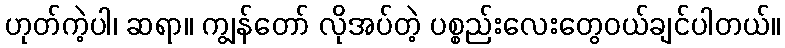
ဟုတ်ကဲ့ပါ၊ ဆရာ။ ကျွန်တော် လိုအပ်တဲ့ ပစ္စည်းလေးတွေဝယ်ချင်ပါတယ်။